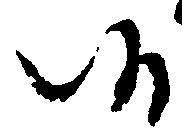
候